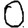
Digit: 0